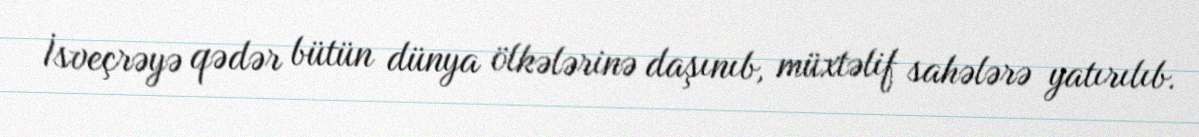
İsveçrəyə qədər bütün dünya ölkələrinə daşınıb, müxtəlif sahələrə yatırılıb.